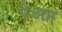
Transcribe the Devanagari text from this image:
पेअप्त